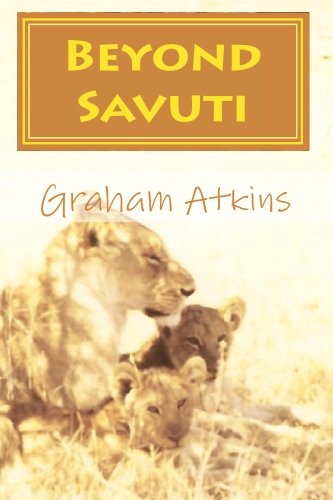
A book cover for Beyond Savuti: A Botswana Safari travel guide with Maps, for exploring the Okavango, Moremi, Linyanti, Chobe; Graham Atkins; Travel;